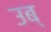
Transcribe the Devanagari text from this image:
उब्